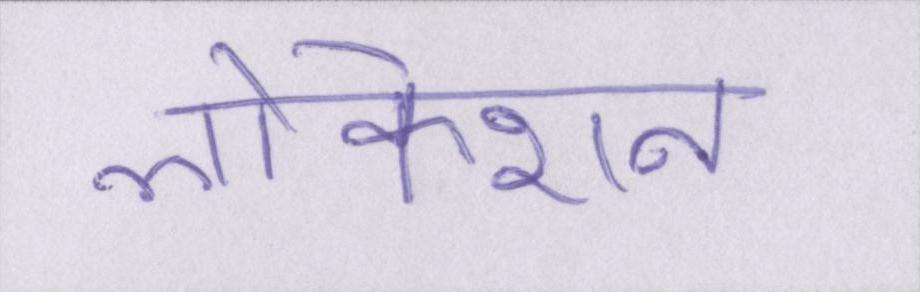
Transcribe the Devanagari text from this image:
लोकेशन